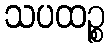
သပထဉ္စ